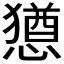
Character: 𫻆